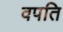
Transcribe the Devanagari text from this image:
वपति